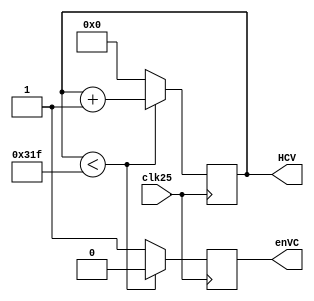
`timescale 1ns / 1ps

module h_c(
    input clk25,
    output reg enVC = 0,
    output reg [15:0] HCV = 0
);
    always @(posedge clk25) begin
        HCV <= (HCV < 799) ? HCV + 1 : 0;
        enVC <= (HCV < 799) ? 0 : 1;
    end
endmodule